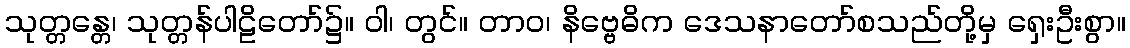
သုတ္တန္တေ၊ သုတ္တန်ပါဠိတော်၌။ ဝါ၊ တွင်။ တာဝ၊ နိဗ္ဗေဓိက ဒေသနာတော်စသည်တို့မှ ရှေးဦးစွာ။